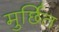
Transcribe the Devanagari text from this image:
मुर्छित